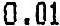
0.01